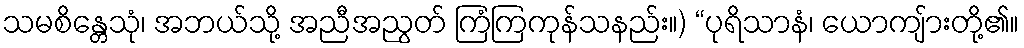
သမစိန္တေသုံ၊ အဘယ်သို့ အညီအညွတ် ကြံကြကုန်သနည်း။) “ပုရိသာနံ၊ ယောကျ်ားတို့၏။